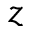
z